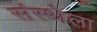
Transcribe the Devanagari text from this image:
संस्‍थ्‍ोला